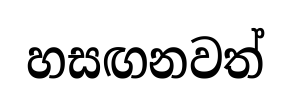
හසඟනවත්